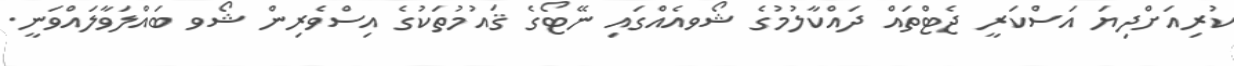
ކުރިއަށްދިޔަ އަސްކަރީ ޖެޓްތައް ދައްކާލުމުގެ ޝޯވއެއްގައި ނޭޓޯގެ ޤައުމުތަކުގެ އިސްވެރިން ޝޯވ ބައްލަވާލައްވަނީ.